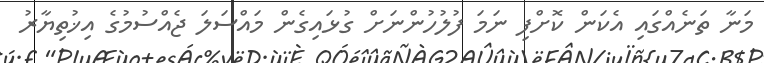
މަނާ ތަނެއްގައި އެކަން ކޮށްފި ނަމަ ފުލުހުންނަށް ގުޅައިގެން މައްސަލަ ޖެއްސުމުގެ އިޚުތިޔާރު